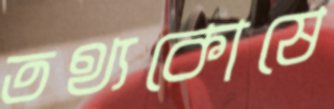
তথ্যকোষে